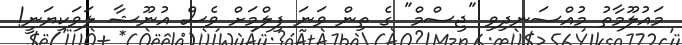
މައުލޫމާތު މުއްސަނދިވި "ޖިސްމް" ގެ ތިން ވަނަ ފިލްމަށް ވެސް އުނޫޝާ ލަވަކިޔަނީ!